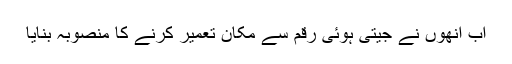
اب انھوں نے جیتی ہوئی رقم سے مکان تعمیر کرنے کا منصوبہ بنایا